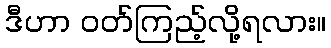
ဒီဟာ ဝတ်ကြည့်လို့ရလား။